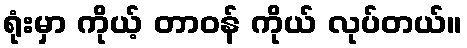
ရုံးမှာ ကိုယ့် တာဝန် ကိုယ် လုပ်တယ်။